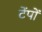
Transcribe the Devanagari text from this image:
टेंपों